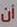
أن